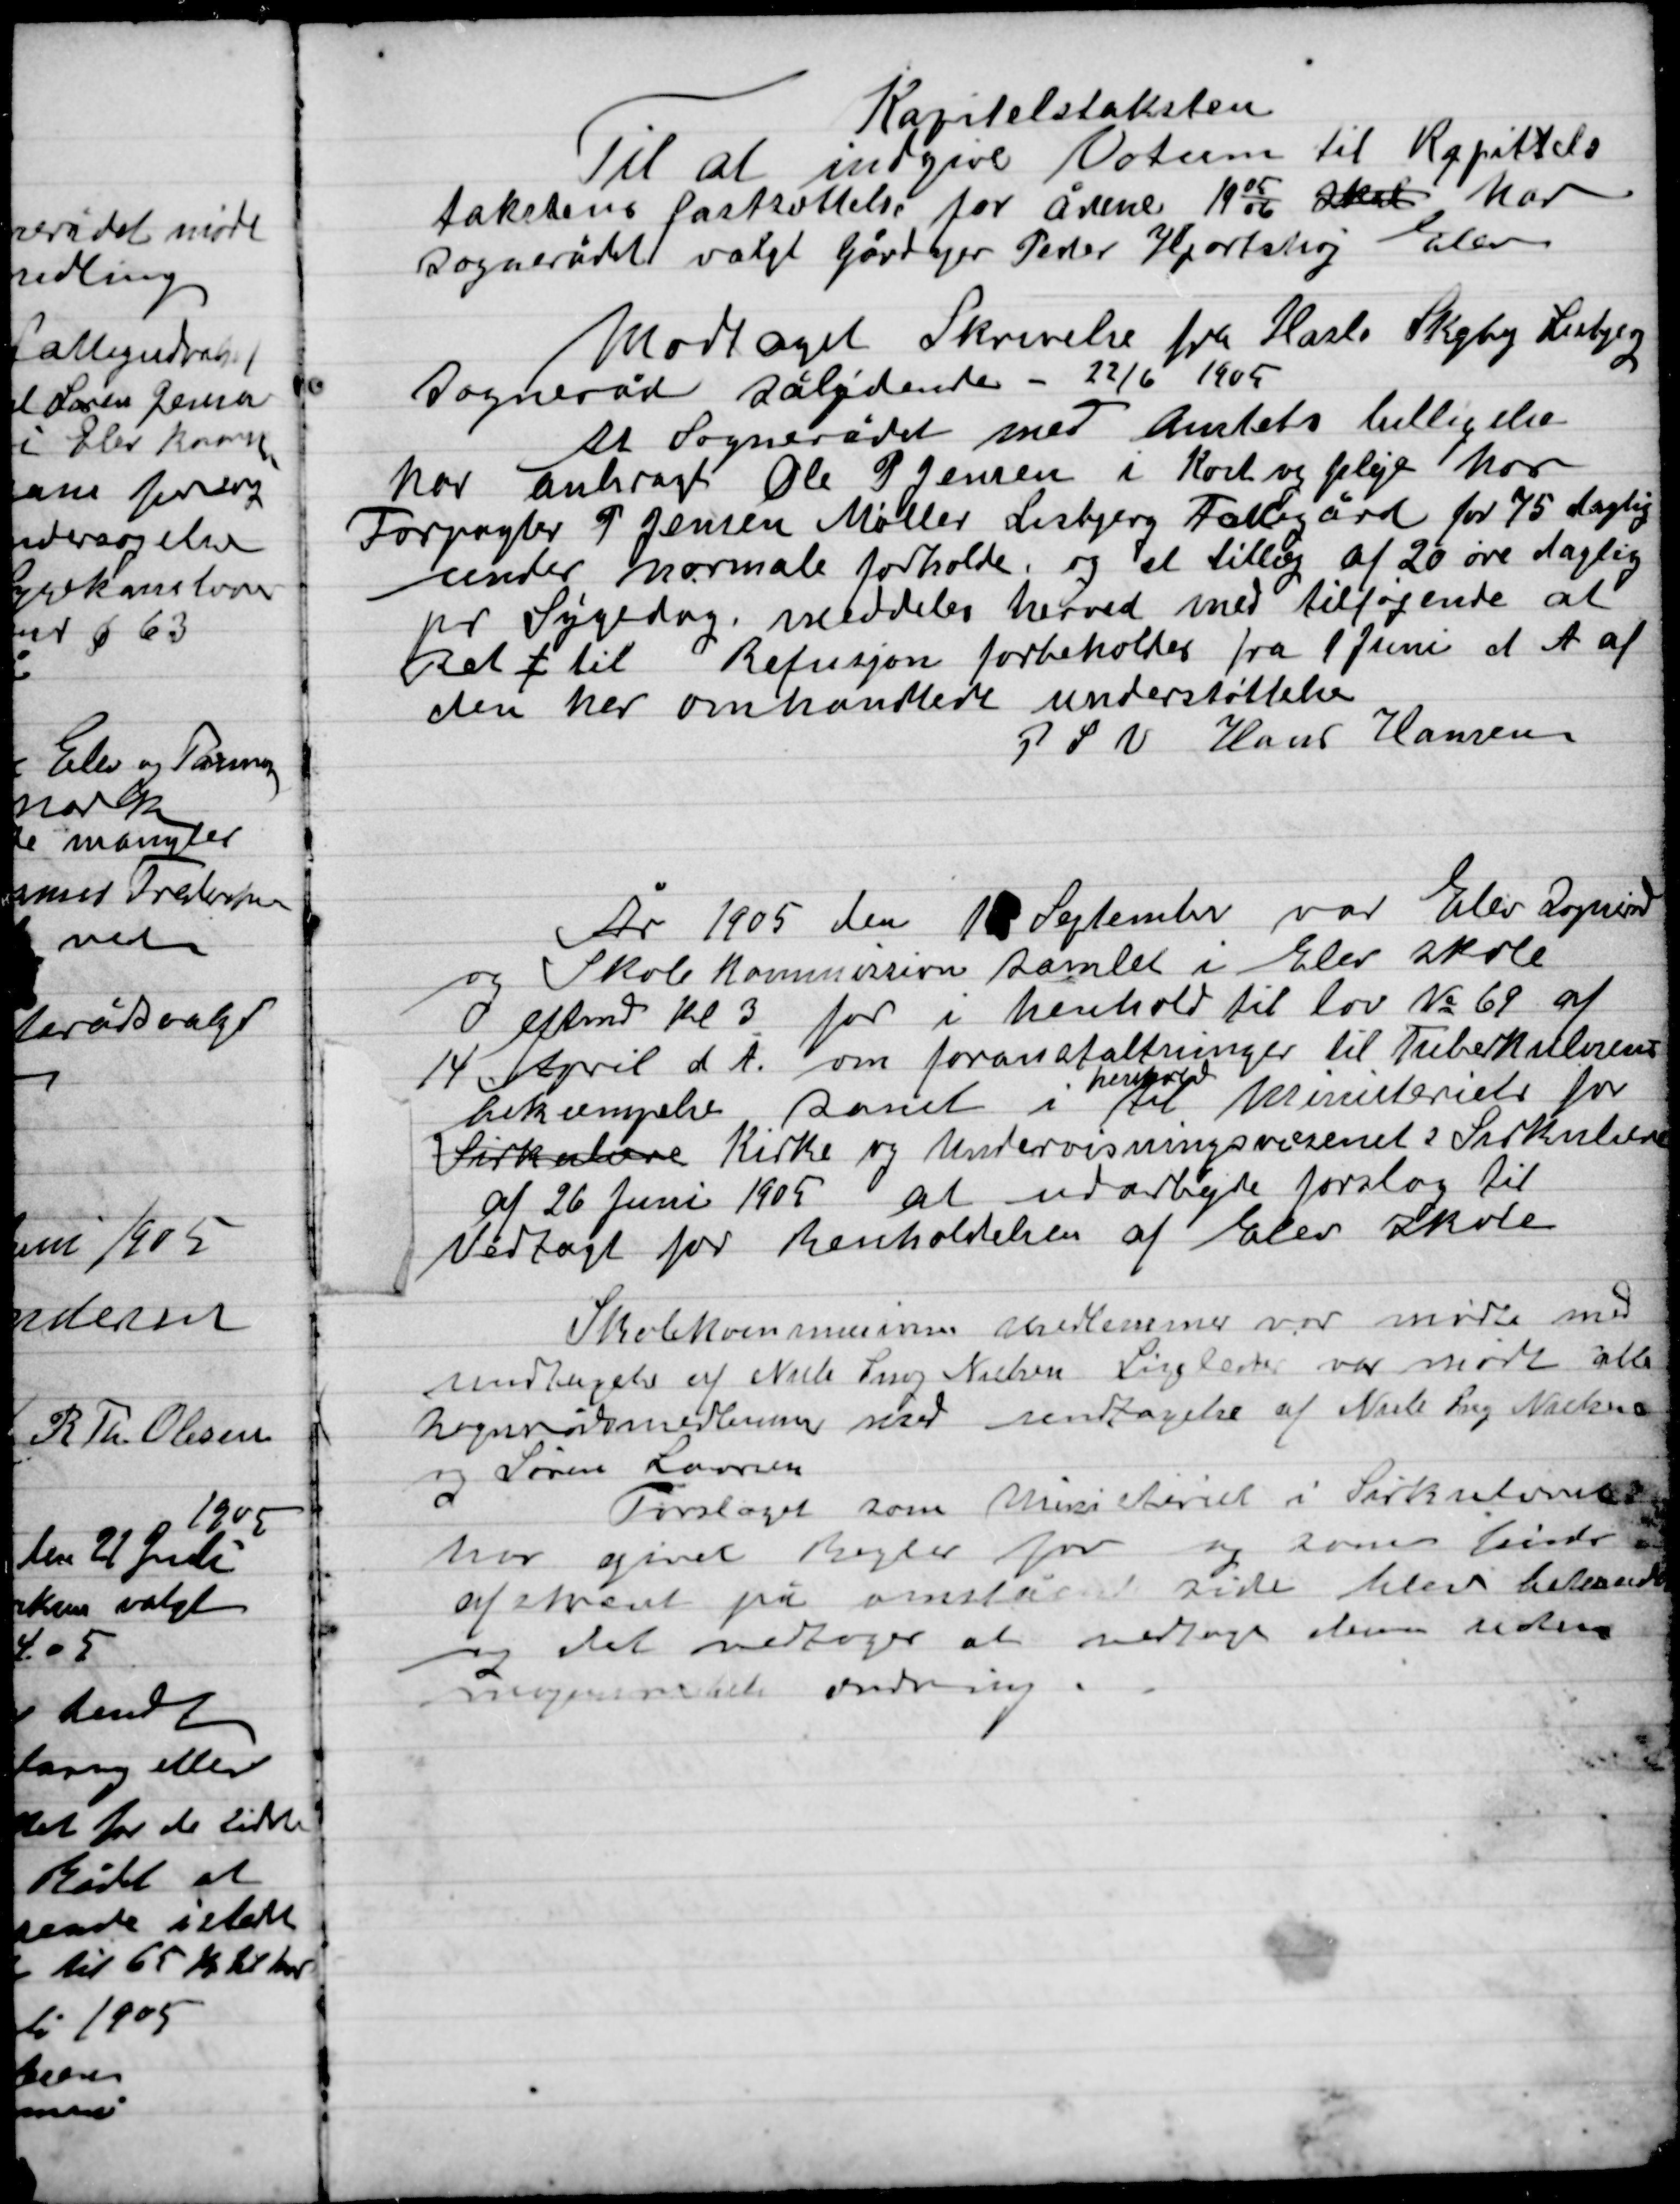
Transskription:
Kapitalstaksten
Til at indgive Votum til Kapittals
taksternes fastholdelse for årene 1905/06 skal har
sognerådet valgt Gårdejer Peder Hjorthøj Elev

Modtaget Skrivelse fra Hasle Skejby Lisbjerg
Sogneråd sålydende - 22/6 1905
at Sognerådet med Amtets billigelse
har anbragt Ole P. Jensen i Kost og pleje hos
Forpagter P. Jensen Møller Lisbjerg Fattiggård for 75 daglig
under normale forhold, og et tillæg af 20 øre daglig
pr Sygedag, meddeles herved med tilføjende at
Ret f til Refusion forbeholdes fra 1 Juni at A af
den her omhandlede understøttelse
P.S.V. Hans Hansen

År 1905  den 18 September var Elev Sogneråd
og Skolekommission samlet i Elev skole
eftm. Kl. 3 for i henhold til lov Nr. 69 af
14 April  d. A. om foranstaltninger til Tuberkulosens
bekæmpelse samt i
henhold
til Ministeriets for
Cirkulære Kirke og Undervisningsvæsenets Cirkulære
af 26 Juni 1905 at udarbejde forslag til
vedtægt for renholdelse af Elev Skole

Skolekommissionen anmærkning var møde med
undtagelse af Niels Snog Nielsen Ligeledes var mødt alle
Sognerådsmedlemmer med undtagelse af Niels Snog Nielsen
og Søren Laursen
Forslaget som Ministeriet i Cirkulæret
hvor givet Regler for og somme tider
afskrevet på omstående side blev behandlet
og det vedtoges at medtage denne uden
Sognerådets ændring.